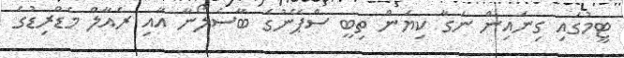
ޓީމުގައި ގިނައިން ނަގާ ކިޔަން ތިބީ ސްޕޭނުގެ ބާސެލޯނާ އާއި ރެއާލް މެޑްރިޑުގެ